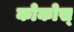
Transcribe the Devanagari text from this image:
कोकोस्